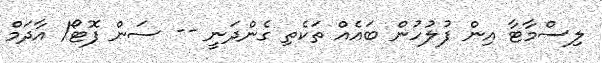
ލިސްމާޓާ އިން ފުލުހުން ބައެއް ތަކެތި ގެންދަނީ -- ސަން ފޮޓޯ/ އާދަމް